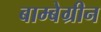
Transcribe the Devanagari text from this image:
बाम्बेग्रीन